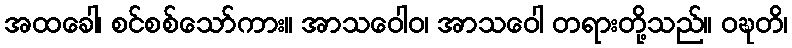
အထခေါ၊ စင်စစ်သော်ကား။ အာသဝေါဝ၊ အာသဝေါ တရားတို့သည်။ ဝဍ္ဎတိ၊